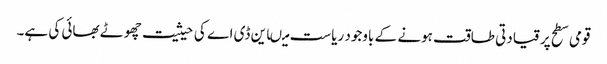
قومی سطح پر قیادتی طاقت ہونے کے باوجود ریاست میںاین ڈی اے کی حیثیت چھوٹے بھائی کی ہے۔